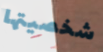
شخصيتها